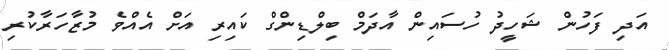
އަދި ފަހުން ޝަހީދު ހުސައިން އާދަމް ބިލްޑިންގް ކައިރި އަށް އެއްވެ މުޒާހަރާކުރި